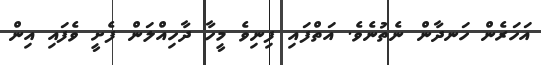
އަހަރެން ހަނދާން ނެތުނެވެ. އަތްފައި ފިނިވެ މީހާ ދާހިއްލަން ފެށީ ވެފައި އިން